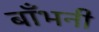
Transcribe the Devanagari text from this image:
बाँभनी